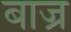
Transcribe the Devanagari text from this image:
बाज्र